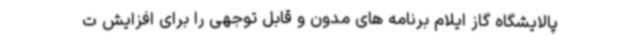
پالایشگاه گاز ایلام برنامه های مدون و قابل توجهی را برای افزایش ت